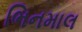
ભિનમાલ